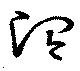
澗